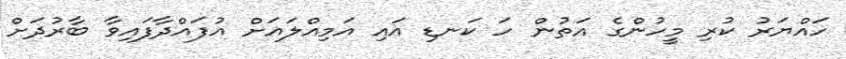
ހައްޔަރު ކުރި މީހުންގެ އަތުން ހަ ކަނޑި އައި އަމިއްލައަށް އުފައްދާފައިވާ ބާރުދަށް